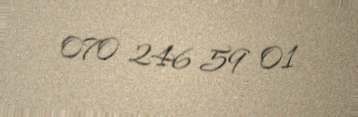
070 246 59 01